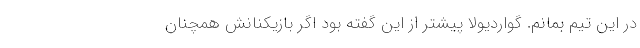
در این تیم بمانم. گواردیولا پیشتر از این گفته بود اگر بازیکنانش همچنان